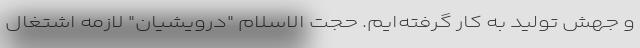
و جهش تولید به کار گرفته‌ایم. حجت الاسلام "درویشیان" لازمه اشتغال